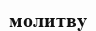
молитву